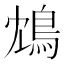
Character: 鴆